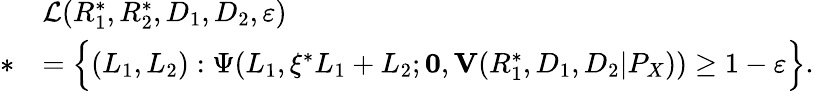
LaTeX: \begin{array}{rl}&{\mathcal{L}(R_{1}^{*},R_{2}^{*},D_{1},D_{2},\varepsilon)}\\ {*}&{=\Big\{ (L_{1},L_{2}):\Psi(L_{1},\xi^{*}L_{1}+L_{2};\mathbf{0},\mathbf{V}(R_{1}^{*},D_{1},D_{2}|P_{X}))\geq 1-\varepsilon\Big\} .}\end{array}